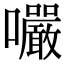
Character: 㘙